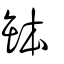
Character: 缽